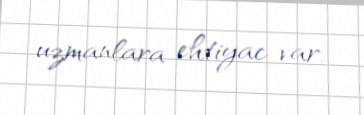
uzmanlara ehtiyac var.